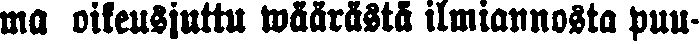
ma oikeusjuttu wäärästä ilmiannosta puu-